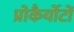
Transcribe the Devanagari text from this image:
प्रोकैर्योटों